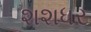
શશધર